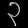
Digit: ၃